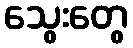
သွေးတွေ